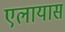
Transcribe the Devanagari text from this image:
एलायास